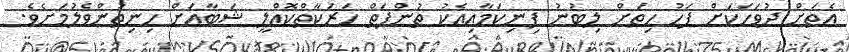
އެތަށް ދުވަހަކަށް ފަހު ހިތަށް ލިބުނު ފިނިކަމާއިއެކު ތުންފަތް ހަރަކާތްކޮއްލީ ޝަބާއަށް ހިނިތުންވެލުމަށެވެ.